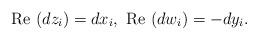
LaTeX: \begin{align*} \textrm{Re }(dz_i)=dx_i, \ \textrm{Re }(dw_i)= -dy_i.\end{align*}